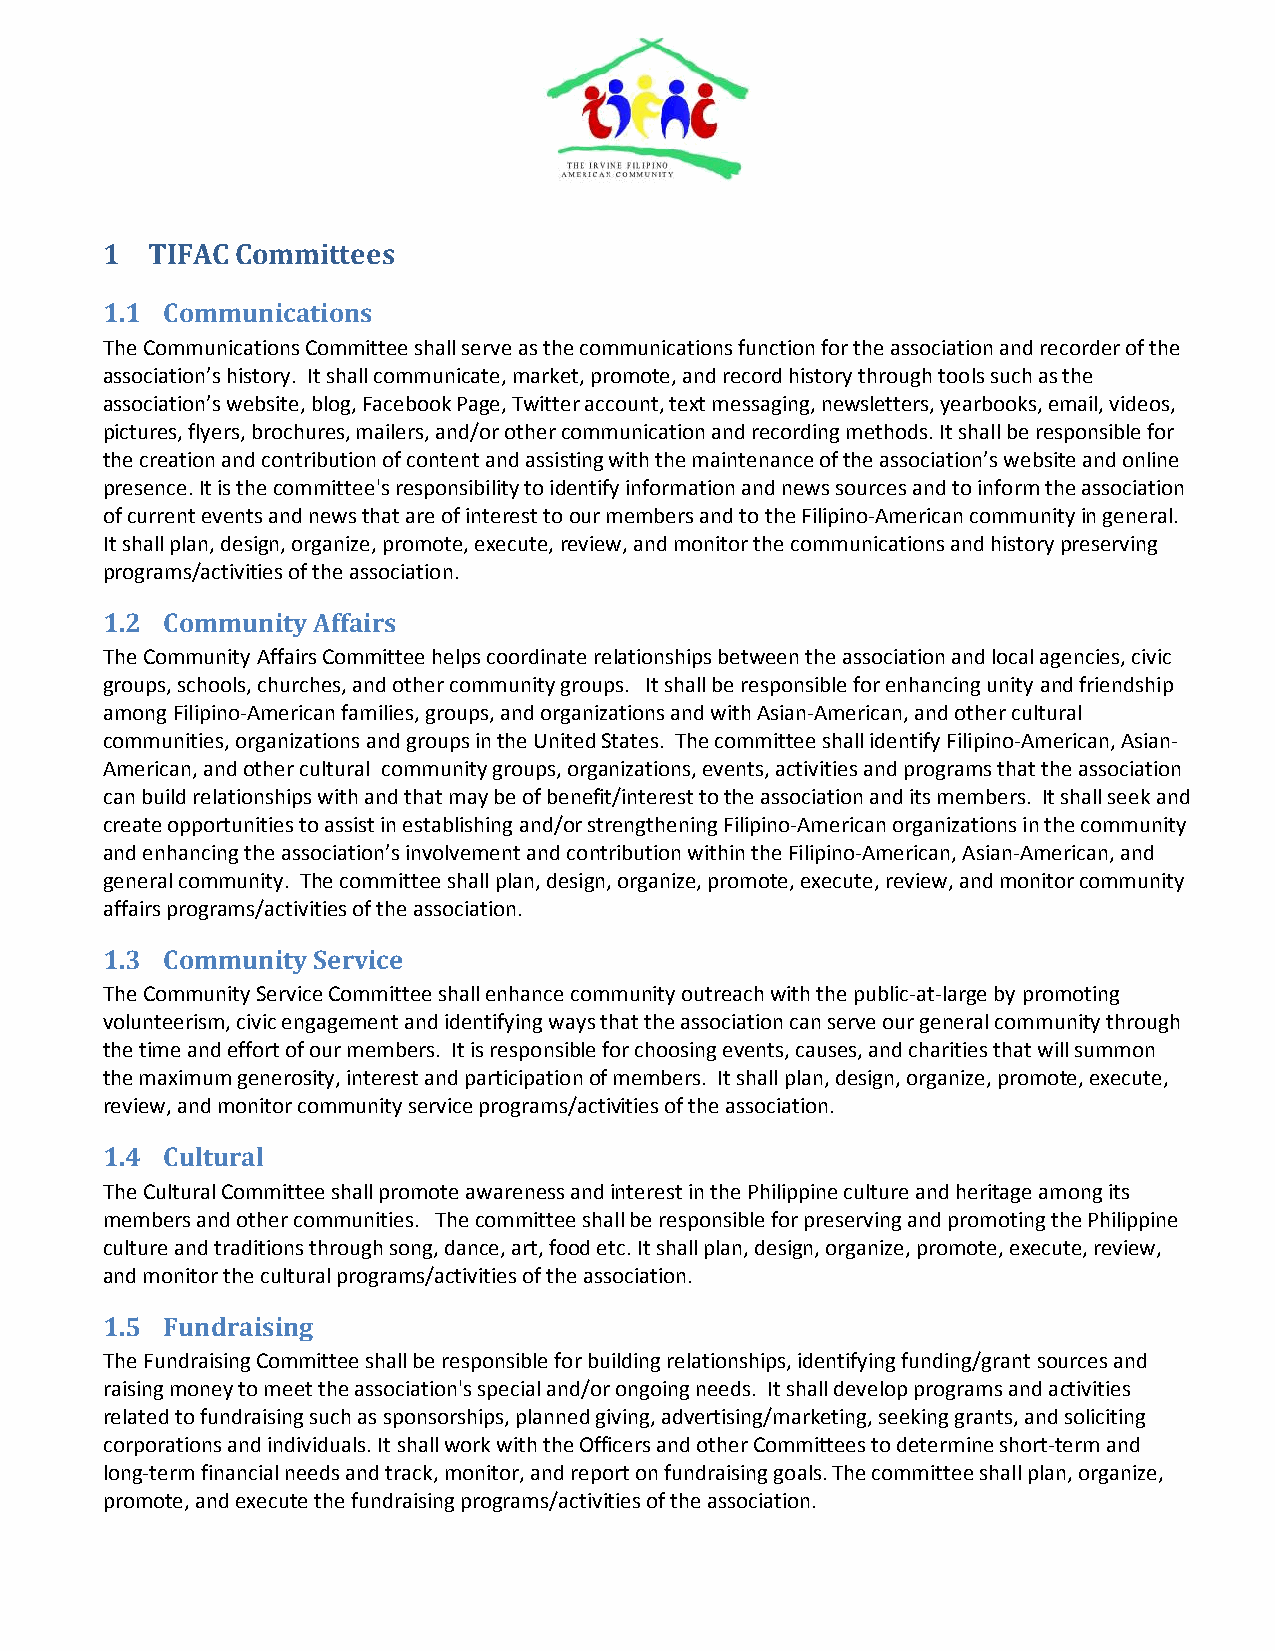
1  TIFAC Committees
 1.1 Communications
 The Communications Committee shall serve as the communications function for the association and recorder of the
 association’s history. It shall communicate, market, promote, and record history through tools such as the
 association’s website, blog, Facebook Page, Twitter account, text messaging, newsletters, yearbooks, email, videos,
 pictures, flyers, brochures, mailers, and/or other communication and recording methods. It shall be responsible for
 the creation and contribution of content and assisting with the maintenance of the association’s website and online
 presence. It is the committee's responsibility to identify information and news sources and to inform the association
 of current events and news that are of interest to our members and to the Filipino-American community in general.
 It shall plan, design, organize, promote, execute, review, and monitor the communications and history preserving
 programs/activities of the association.
 1.2 Community Affairs
 The Community Affairs Committee helps coordinate relationships between the association and local agencies, civic
 groups, schools, churches, and other community groups. It shall be responsible for enhancing unity and friendship
 among Filipino-American families, groups, and organizations and with Asian-American, and other cultural
 communities, organizations and groups in the United States. The committee shall identify Filipino-American, Asian-
 American, and other cultural community groups, organizations, events, activities and programs that the association
 can build relationships with and that may be of benefit/interest to the association and its members. It shall seek and
 create opportunities to assist in establishing and/or strengthening Filipino-American organizations in the community
 and enhancing the association’s involvement and contribution within the Filipino-American, Asian-American, and
 general community. The committee shall plan, design, organize, promote, execute, review, and monitor community
 affairs programs/activities of the association.
 1.3 Community Service
 The Community Service Committee shall enhance community outreach with the public-at-large by promoting
 volunteerism, civic engagement and identifying ways that the association can serve our general community through
 the time and effort of our members. It is responsible for choosing events, causes, and charities that will summon
 the maximum generosity, interest and participation of members. It shall plan, design, organize, promote, execute,
 review, and monitor community service programs/activities of the association.
 1.4 Cultural
 The Cultural Committee shall promote awareness and interest in the Philippine culture and heritage among its
 members and other communities. The committee shall be responsible for preserving and promoting the Philippine
 culture and traditions through song, dance, art, food etc. It shall plan, design, organize, promote, execute, review,
 and monitor the cultural programs/activities of the association.
 1.5 Fundraising
 The Fundraising Committee shall be responsible for building relationships, identifying funding/grant sources and
 raising money to meet the association's special and/or ongoing needs. It shall develop programs and activities
 related to fundraising such as sponsorships, planned giving, advertising/marketing, seeking grants, and soliciting
 corporations and individuals. It shall work with the Officers and other Committees to determine short-term and
 long-term financial needs and track, monitor, and report on fundraising goals. The committee shall plan, organize,
 promote, and execute the fundraising programs/activities of the association.